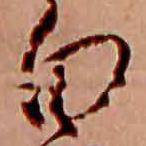
白